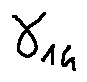
\gamma _ { 1 4 }